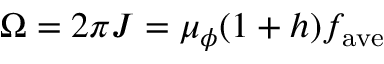
\Omega = 2 \pi J = \mu _ { \phi } ( 1 + h ) f _ { \mathrm { a v e } }